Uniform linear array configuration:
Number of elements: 64
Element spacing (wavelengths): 1
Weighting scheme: hamming
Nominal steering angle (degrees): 15
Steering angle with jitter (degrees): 15.37
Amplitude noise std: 0.05
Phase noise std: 0.05

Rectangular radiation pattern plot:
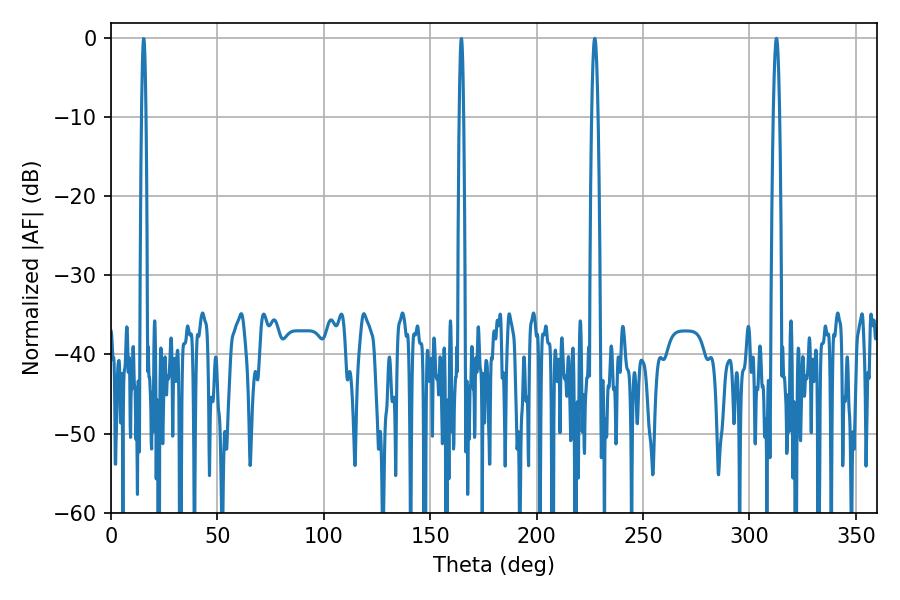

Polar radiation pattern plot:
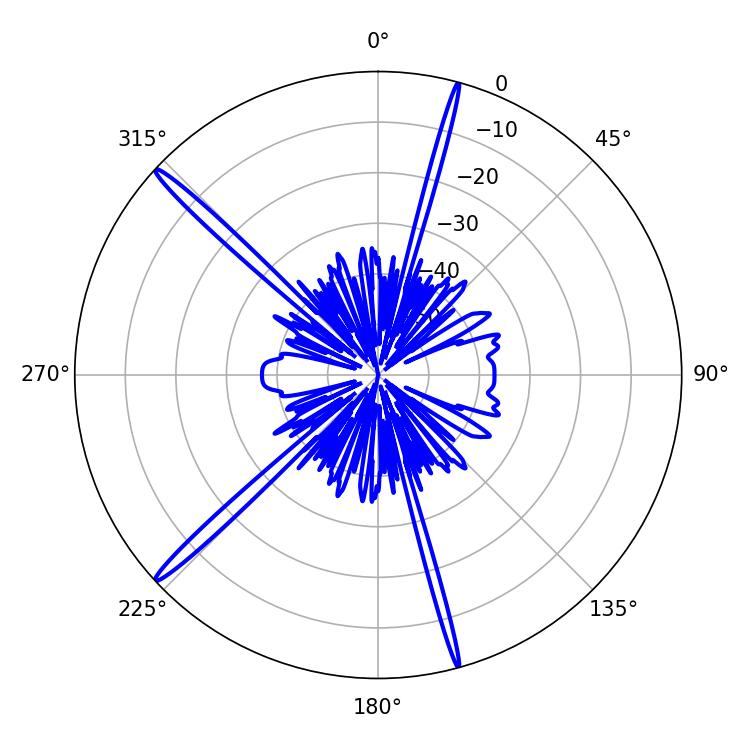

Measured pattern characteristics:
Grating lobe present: TRUE
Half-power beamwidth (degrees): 1.44
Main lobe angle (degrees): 312.66